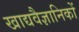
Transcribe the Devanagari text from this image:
खाद्यवैज्ञानिकों